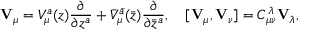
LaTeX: { \bf V } _ { \mu } = V _ { \mu } ^ { a } ( z ) \frac { \partial } { \partial z ^ { a } } + { \bar { V } } _ { \mu } ^ { \bar { a } } ( \bar { z } ) \frac { \partial } { \partial \bar { z } ^ { a } } , \quad [ { \bf V } _ { \mu } , { \bf V } _ { \nu } ] = C _ { \mu \nu } ^ { \lambda } { \bf V } _ { \lambda } ,